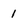
Character: 1